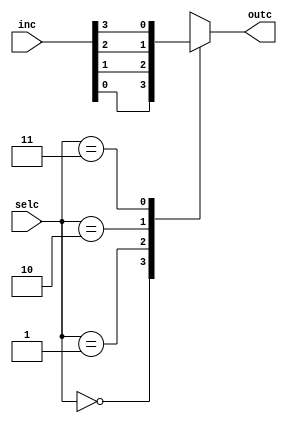
module Chooser(inc,selc,outc);
	input [3:0]inc;
	input[1:0]selc;
	output reg outc;
	always @ (selc or inc)
		case(selc)
			2'd0:outc = inc[0];
			2'd1:outc = inc[1];
			2'd2:outc = inc[2];
			2'd3:outc = inc[3];
			default:outc = inc[0];
		endcase
endmodule